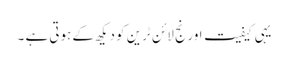
یہی کیفیت اورنج لائن ٹرین کو دیکھ کے ہوتی ہے ۔